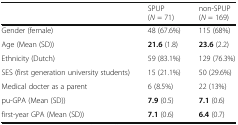
<table><thead><tr><td></td><td><b>SPUP (<i>N</i> = 71)</b></td><td><b>non-SPUP (<i>N</i> = 169)</b></td></tr></thead><tbody><tr><td>Gender (female)</td><td>48 (67.6%)</td><td>115 (68%)</td></tr><tr><td>Age (Mean (SD))</td><td><b>21.6</b> (1.8)</td><td><b>23.6</b> (2.2)</td></tr><tr><td>Ethnicity (Dutch)</td><td>59 (83.1%)</td><td>129 (76.3%)</td></tr><tr><td>SES (first generation university students)</td><td>15 (21.1%)</td><td>50 (29.6%)</td></tr><tr><td>Medical docter as a parent</td><td>6 (8.5%)</td><td>22 (13%)</td></tr><tr><td>pu-GPA (Mean (SD))</td><td><b>7.9</b> (0.5)</td><td><b>7.1</b> (0.6)</td></tr><tr><td>first-year GPA (Mean (SD))</td><td><b>7.1</b> (0.6)</td><td><b>6.4</b> (0.7)</td></tr></tbody></table>